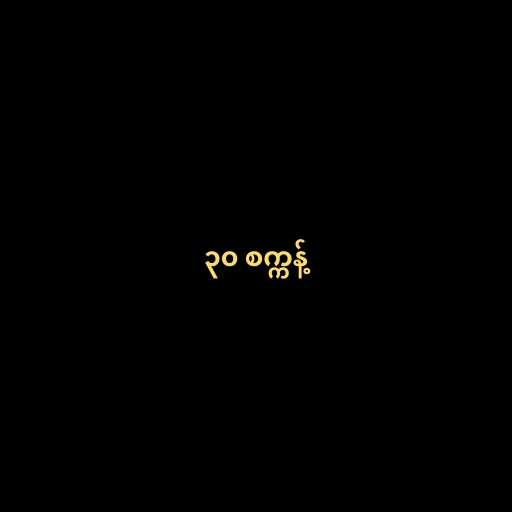
၃၀ စက္ကန့်